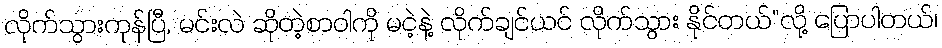
လိုက်သွားကုန်ပြီ, မင်းလဲ ဆိုတဲ့စာဝါကို မငဲ့နဲ့ လိုက်ချင်ယင် လိုက်သွား နိုင်တယ်”လို့ ပြောပါတယ်၊